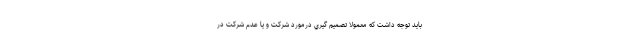
بايد توجه داشت كه معمولا تصميم گيري درمورد شركت و يا عدم شركت در